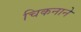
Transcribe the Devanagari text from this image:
चिकनाने